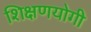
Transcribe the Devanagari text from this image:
शिक्षणयोगी